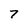
Character: 7